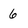
Character: 6